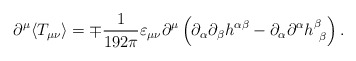
\begin{align*}\partial^{\mu}\langle T_{\mu\nu} \rangle = \mp \frac{1}{192\pi} \varepsilon_{\mu\nu} \partial^{\mu} \left( \partial_{\alpha}\partial_{\beta} h^{\alpha\beta} - \partial_{\alpha}\partial^{\alpha}h^{\beta}_{\ \beta}\right).\end{align*}